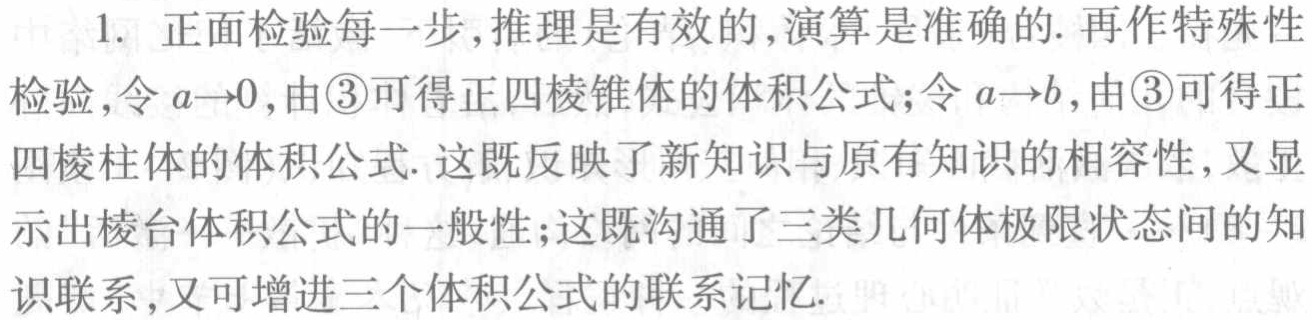
1. 正面检验每一步,推理是有效的,演算是准确的. 再作特殊性
检验,令 \(a\rightarrow0\),由\textcircled{3}可得正四棱锥体的体积公式;令 \(a\rightarrow b\),由\textcircled{3}可得正
四棱柱体的体积公式. 这既反映了新知识与原有知识的相容性,又显
示出棱台体积公式的一般性;这既沟通了三类几何体极限状态间的知
识联系,又可增进三个体积公式的联系记忆.